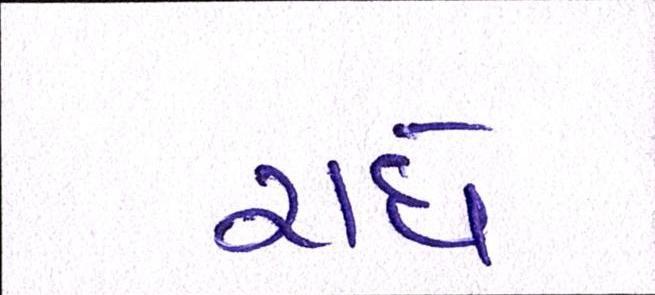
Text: રાધે